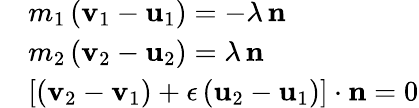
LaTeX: \begin{array}{rl}&{m_{1}\, (\mathbf v_{1}-\mathbf u_{1})=-\lambda\, \mathbf n}\\ &{m_{2}\, (\mathbf v_{2}-\mathbf u_{2})=\lambda\, \mathbf n}\\ &{\left[(\mathbf v_{2}-\mathbf{v}_{1})+\epsilon\, (\mathbf u_{2}-\mathbf u_{1})\right]\cdot\mathbf n=0}\end{array}